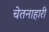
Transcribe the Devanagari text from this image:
चेतनाहारी